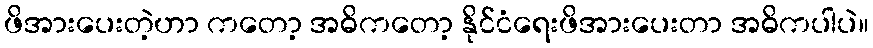
ဖိအားပေးတဲ့ဟာ ကတော့ အဓိကတော့ နိုင်ငံရေးဖိအားပေးတာ အဓိကပါပဲ။